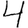
Digit: 4